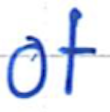
Text: of
Cross-out: clean
Writing tool: ballpoint